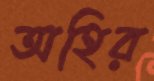
অহির